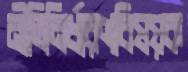
নীতিনির্ধারণবিষয়ক